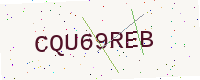
Text: CQU69REB